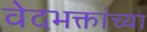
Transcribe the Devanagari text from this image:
वेदभक्तांच्या